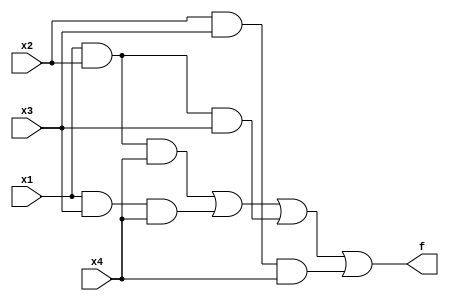
module exercise3(f, x1, x2, x3, x4);
input x1, x2, x3, x4;
output f;
assign f = (x1 & x2 & x4) | (x1 & x3 & x4) | (x1 & x2 & x3) | (x2 & x3 & x4);
endmodule